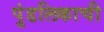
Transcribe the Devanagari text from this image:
पुंडलिकाची